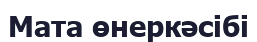
Мата өнеркәсібі